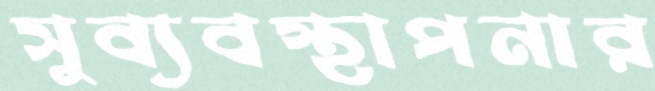
সুব্যবস্থাপনার